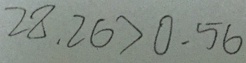
2 8 . 2 6 > 0 . 5 6